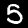
Label: 5